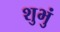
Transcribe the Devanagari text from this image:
शुभुं